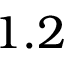
1 . 2